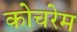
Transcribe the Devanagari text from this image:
कोचरेम